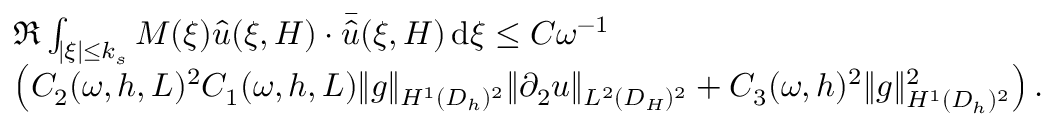
\begin{array} { r l } & { \Re \int _ { | \xi | \le k _ { s } } M ( \xi ) \hat { u } ( \xi , H ) \cdot \bar { \hat { u } } ( \xi , H ) \, \mathrm { d } \xi \le C \omega ^ { - 1 } } \\ & { \left( C _ { 2 } ( \omega , h , L ) ^ { 2 } C _ { 1 } ( \omega , h , L ) \| g \| _ { H ^ { 1 } ( D _ { h } ) ^ { 2 } } \| \partial _ { 2 } u \| _ { L ^ { 2 } ( D _ { H } ) ^ { 2 } } + C _ { 3 } ( \omega , h ) ^ { 2 } \| g \| _ { H ^ { 1 } ( D _ { h } ) ^ { 2 } } ^ { 2 } \right) . } \end{array}